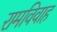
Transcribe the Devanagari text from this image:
रामविवाह